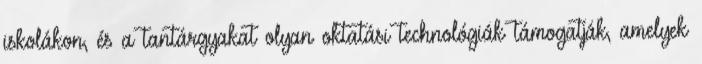
iskolákon, és a tantárgyakat olyan oktatási technológiák támogatják, amelyek